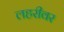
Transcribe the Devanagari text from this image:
लहरीवर